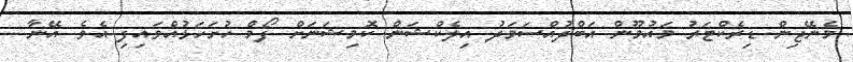
މެނޭޖިން ޑިރެކްޓަރު މައުމޫން އަބްދުއްސަމަދު އިލެކްޝަން ކޮމިޝަނަށް ފޯމް ހުށަހަޅުއްވައިފި އެވެ. އޭނާ...